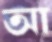
আ